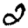
Digit: 2